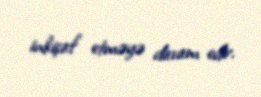
inkişaf etməyə davam edir.